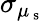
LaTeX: \sigma_{\mu_{\mathrm{~s~}}}